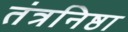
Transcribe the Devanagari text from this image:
तंत्रनिष्ठा